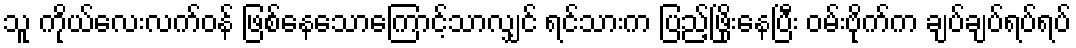
သူ ကိုယ်လေးလက်ဝန် ဖြစ်နေသောကြောင့်သာလျှင် ရင်သားက ပြည့်ဖြိုးနေပြီး ဝမ်းဗိုက်က ချပ်ချပ်ရပ်ရပ်